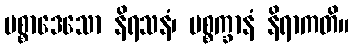
ပစ္စာဒေသော နိရသနံ၊ ပစ္စက္ခာနံ နိရာကတိ။